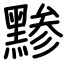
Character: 黪